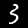
Label: 3